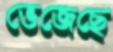
ভেজেছে